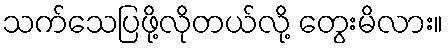
သက်သေပြဖို့လိုတယ်လို့ တွေးမိလား။